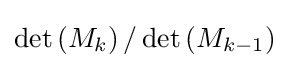
\det \left(M_{k}\right)/\det \left(M_{k-1}\right)